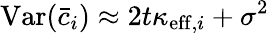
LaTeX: \mathrm{Var}(\bar{c}_{i})\approx 2t\kappa_{\mathrm{eff},i}+\sigma^{2}